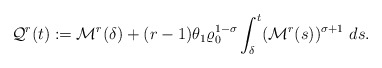
\begin{align*}\mathcal{Q}^{r}(t):=\mathcal{M}^{r}(\delta)+(r-1)\theta_{1}\varrho_{0}^{1-\sigma}\int_{\delta}^{t}(\mathcal{M}^{r}(s))^{\sigma+1}\ ds.\end{align*}